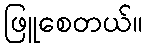
ဖြူစေတယ်။